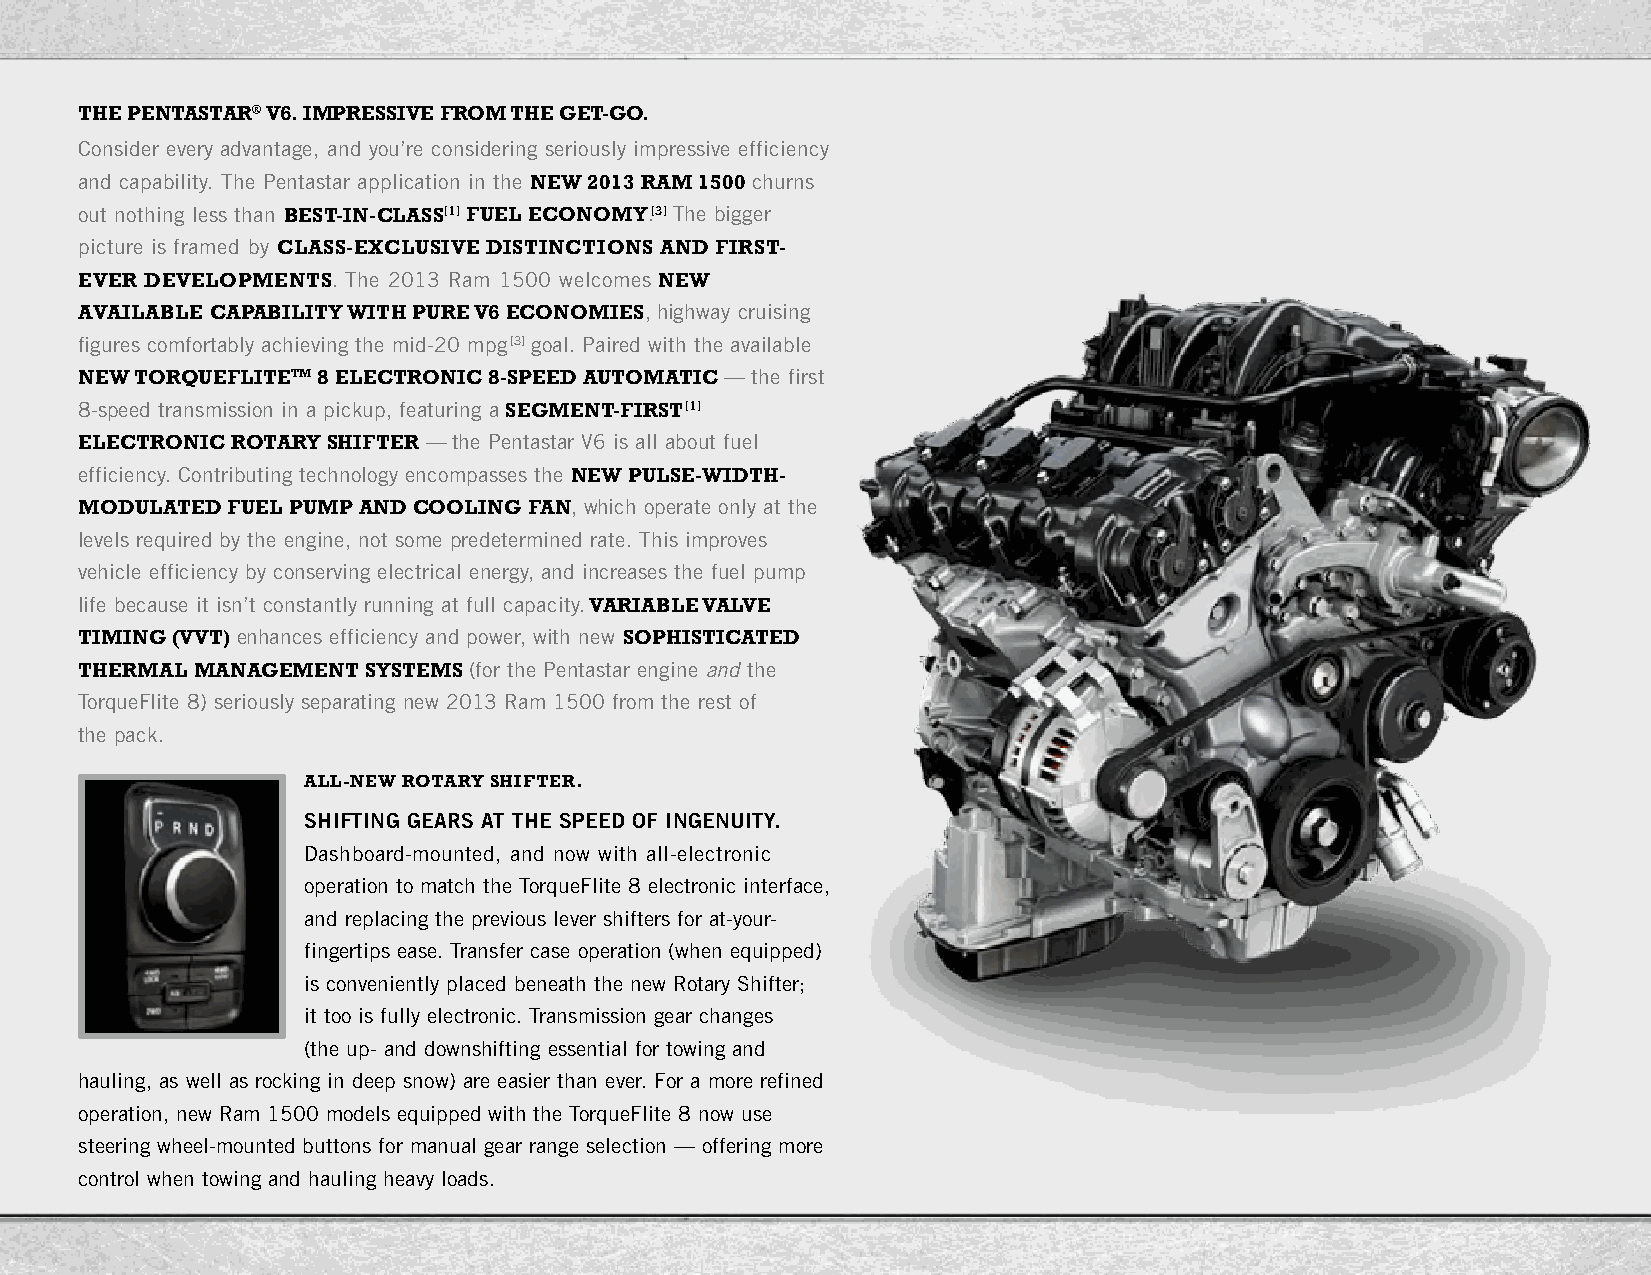
THE PENTASTAR® V6. IMPRESSIVE FROM THE gET-gO.
 Consider every advantage, and you’re considering seriously impressive efficiency
 and capability. The Pentastar application in the NEW 2013 RAM 1500 churns
 out nothing less than BEST-IN-CLASS[1] FuEL ECONOMY.[3] The bigger
 picture is framed by CLASS-ExCLuSIVE DISTINCTIONS AND FIRST-
 EVER DEVELOPMENTS. The 2013 Ram 1500 welcomes NEW
 AVAILABLE CAPABILITY WITH PuRE V6 ECONOMIES, highway cruising
 figures comfortably achieving the mid-20 mpg[3] goal. Paired with the available
 NEW TORquEFLITETM 8 ELECTRONIC 8-SPEED AuTOMATIC — the first
 8-speed transmission in a pickup, featuring a SEgMENT-FIRST[1]
 ELECTRONIC ROTARY SHIFTER — the Pentastar V6 is all about fuel
 efficiency. Contributing technology encompasses the NEW PuLSE-WIDTH-
 MODuLATED FuEL PuMP AND COOLINg FAN, which operate only at the
 levels required by the engine, not some predetermined rate. This improves
 vehicle efficiency by conserving electrical energy, and increases the fuel pump
 life because it isn’t constantly running at full capacity. VARIABLE VALVE
 TIMINg (VVT) enhances efficiency and power, with new SOPHISTICATED
 THERMAL MANAgEMENT SYSTEMS (for the Pentastar engine and the
 TorqueFlite 8) seriously separating new 2013 Ram 1500 from the rest of
 the pack.
 ALL-NEW ROTARY SHIFTER.
 shiFtiNg gEARs At thE sPEEd OF iNgENuity.
 Dashboard-mounted, and now with all-electronic
 operation to match the TorqueFlite 8 electronic interface,
 and replacing the previous lever shifters for at-your-
 fingertips ease. Transfer case operation (when equipped)
 is conveniently placed beneath the new Rotary Shifter;
 it too is fully electronic. Transmission gear changes
 (the up- and downshifting essential for towing and
 hauling, as well as rocking in deep snow) are easier than ever. For a more refined
 operation, new Ram 1500 models equipped with the TorqueFlite 8 now use
 steering wheel-mounted buttons for manual gear range selection — offering more
 control when towing and hauling heavy loads.
 Page 8